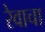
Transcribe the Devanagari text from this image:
रेवाचा